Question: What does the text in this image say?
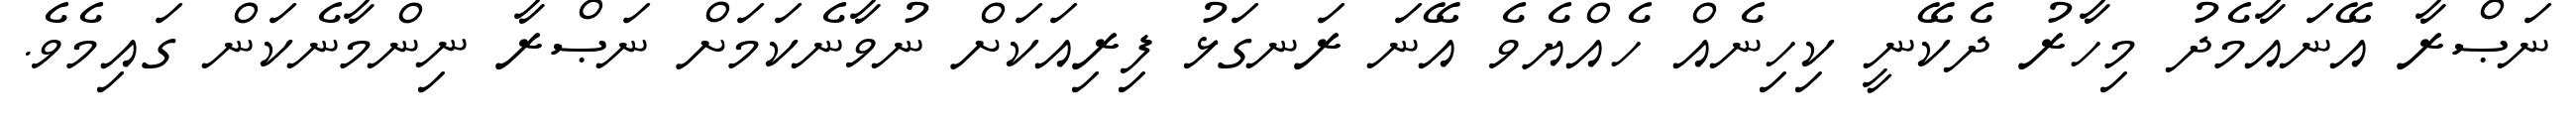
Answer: ނަޞްރާ އޭނައާމެދު މިހާރު ދެކޭނީ ކިހިނެއް ހެއްޔެވެ އޭނަ ރަނގަޅު ފިރިއަކަށް ނުވާނެކަމަށް ނަޞްރާ ނިންމާނެކަން ގައިމެވެ.